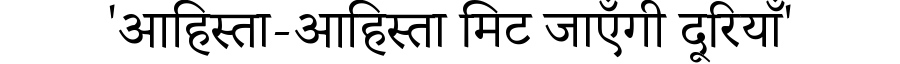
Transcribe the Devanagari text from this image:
'आहिस्ता-आहिस्ता मिट जाएँगी दूरियाँ'